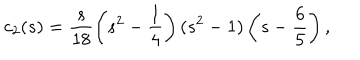
c _ { 2 } ( s ) = \frac { s } { 1 8 } \left( s ^ { 2 } - \frac { 1 } { 4 } \right) ( s ^ { 2 } - 1 ) \left( s - \frac { 6 } { 5 } \right) { , }